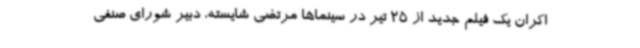
اکران یک فیلم جدید از 25 تیر در سینماها مرتضی شایسته، دبیر شورای صنفی